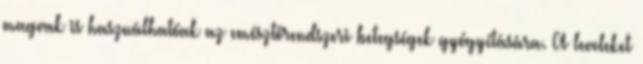
magvak is használhatóak az emésztőrendszeri betegségek gyógyítására. A leveleket